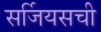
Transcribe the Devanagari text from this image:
सर्जियसची